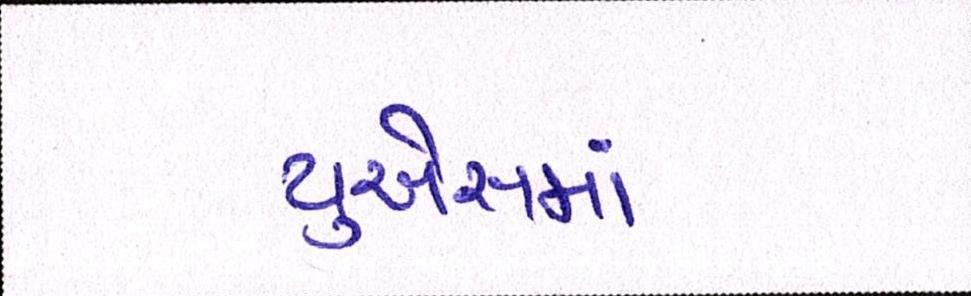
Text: યુએસમાં